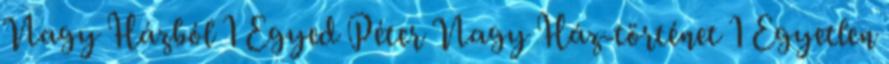
Nagy Házból 1 Egyed Péter Nagy Ház-történet 1 Egyetlen